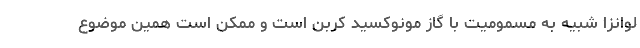
لوانزا شبیه به مسمومیت با گاز مونوکسید کربن است و ممکن است همین موضوع